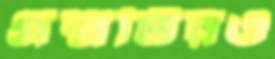
প্রশ্নটিরও